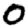
Digit: 0